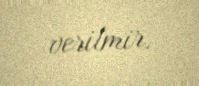
verilmir.